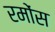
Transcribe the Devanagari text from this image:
रमोंस